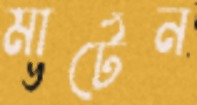
মার্টেন